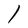
Character: l